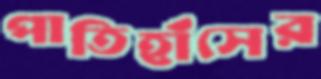
পাতিহাঁসের